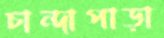
চান্দাপাড়া